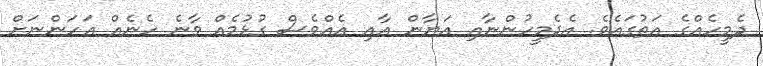
ދެމީހެއްގެ އަތުގައެވެ. އެދެމީހުންނާއި އަޔާން އާއި އެއްވެސް ގުޅުމެއް ވާނެ ހެނެއް އަހަންނަށް